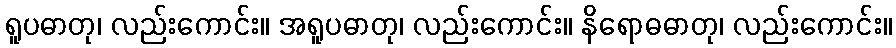
ရူပဓာတု၊ လည်းကောင်း။ အရူပဓာတု၊ လည်းကောင်း။ နိရောဓဓာတု၊ လည်းကောင်း။